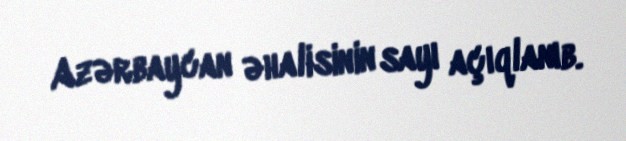
Azərbaycan əhalisinin sayı açıqlanıb.